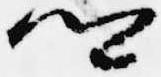
卿